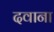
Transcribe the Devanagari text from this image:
दवाना